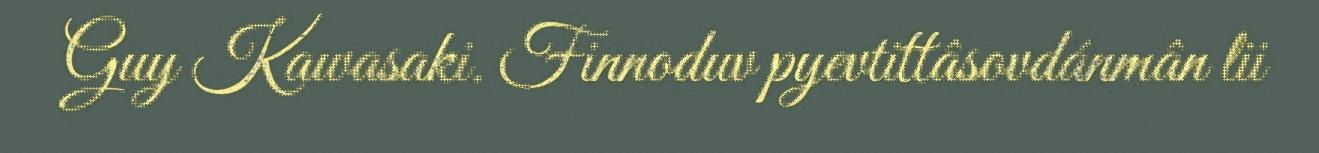
Guy Kawasaki. Finnoduv pyevtittâsovdánmân lii